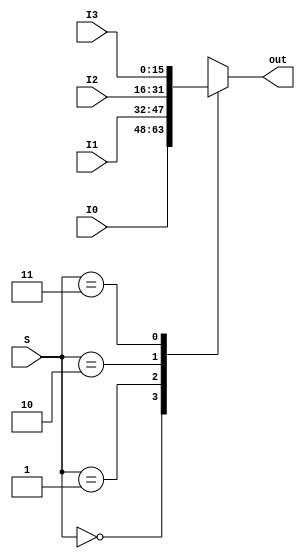
module Mux4to1 (
		I0, I1, I2, I3,
		S,
		out
	);

	parameter bit_size = 16;

	input [bit_size-1:0] I0;
	input [bit_size-1:0] I1;
	input [bit_size-1:0] I2;
	input [bit_size-1:0] I3;
	input [1:0] S;

	output reg [bit_size-1:0] out;
	
	always @(*) begin
		case (S)
			2'b00 : out = I0;
			2'b01 : out = I1;
			2'b10 : out = I2;
			2'b11 : out = I3;
		endcase
	end

endmodule